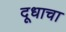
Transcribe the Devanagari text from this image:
दूधाचा